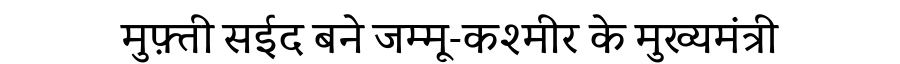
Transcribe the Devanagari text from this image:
मुफ़्ती सईद बने जम्मू-कश्मीर के मुख्यमंत्री